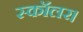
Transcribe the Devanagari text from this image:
स्कॉलर।